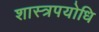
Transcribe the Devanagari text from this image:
शास्त्रपयोधि